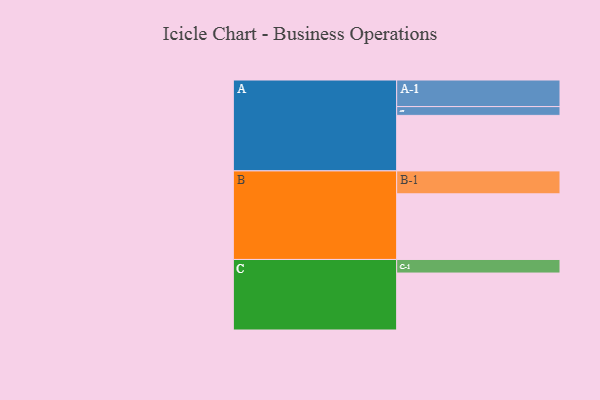
{"axis": {"x": "Segment", "y": "Value"}, "legend": ["", "A", "B", "C"], "data": [{"x": "A", "y": 499, "type": ""}, {"x": "B", "y": 590, "type": ""}, {"x": "C", "y": 512, "type": ""}, {"x": "A-1", "y": 239, "type": "A"}, {"x": "A-2", "y": 79, "type": "A"}, {"x": "B-1", "y": 206, "type": "B"}, {"x": "C-1", "y": 122, "type": "C"}]}